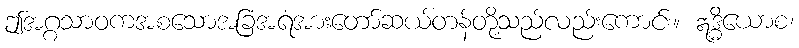
ဤအဂ္ဂသာဝကအစသောအခြံအရံအားတော်ဆယ်တန်တို့သည်လည်းကောင်း။ ဣဒ္ဓိယောစ၊